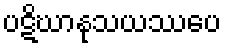
ပဋိဃာနုသယဿပေ